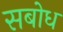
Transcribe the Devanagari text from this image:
सबोध